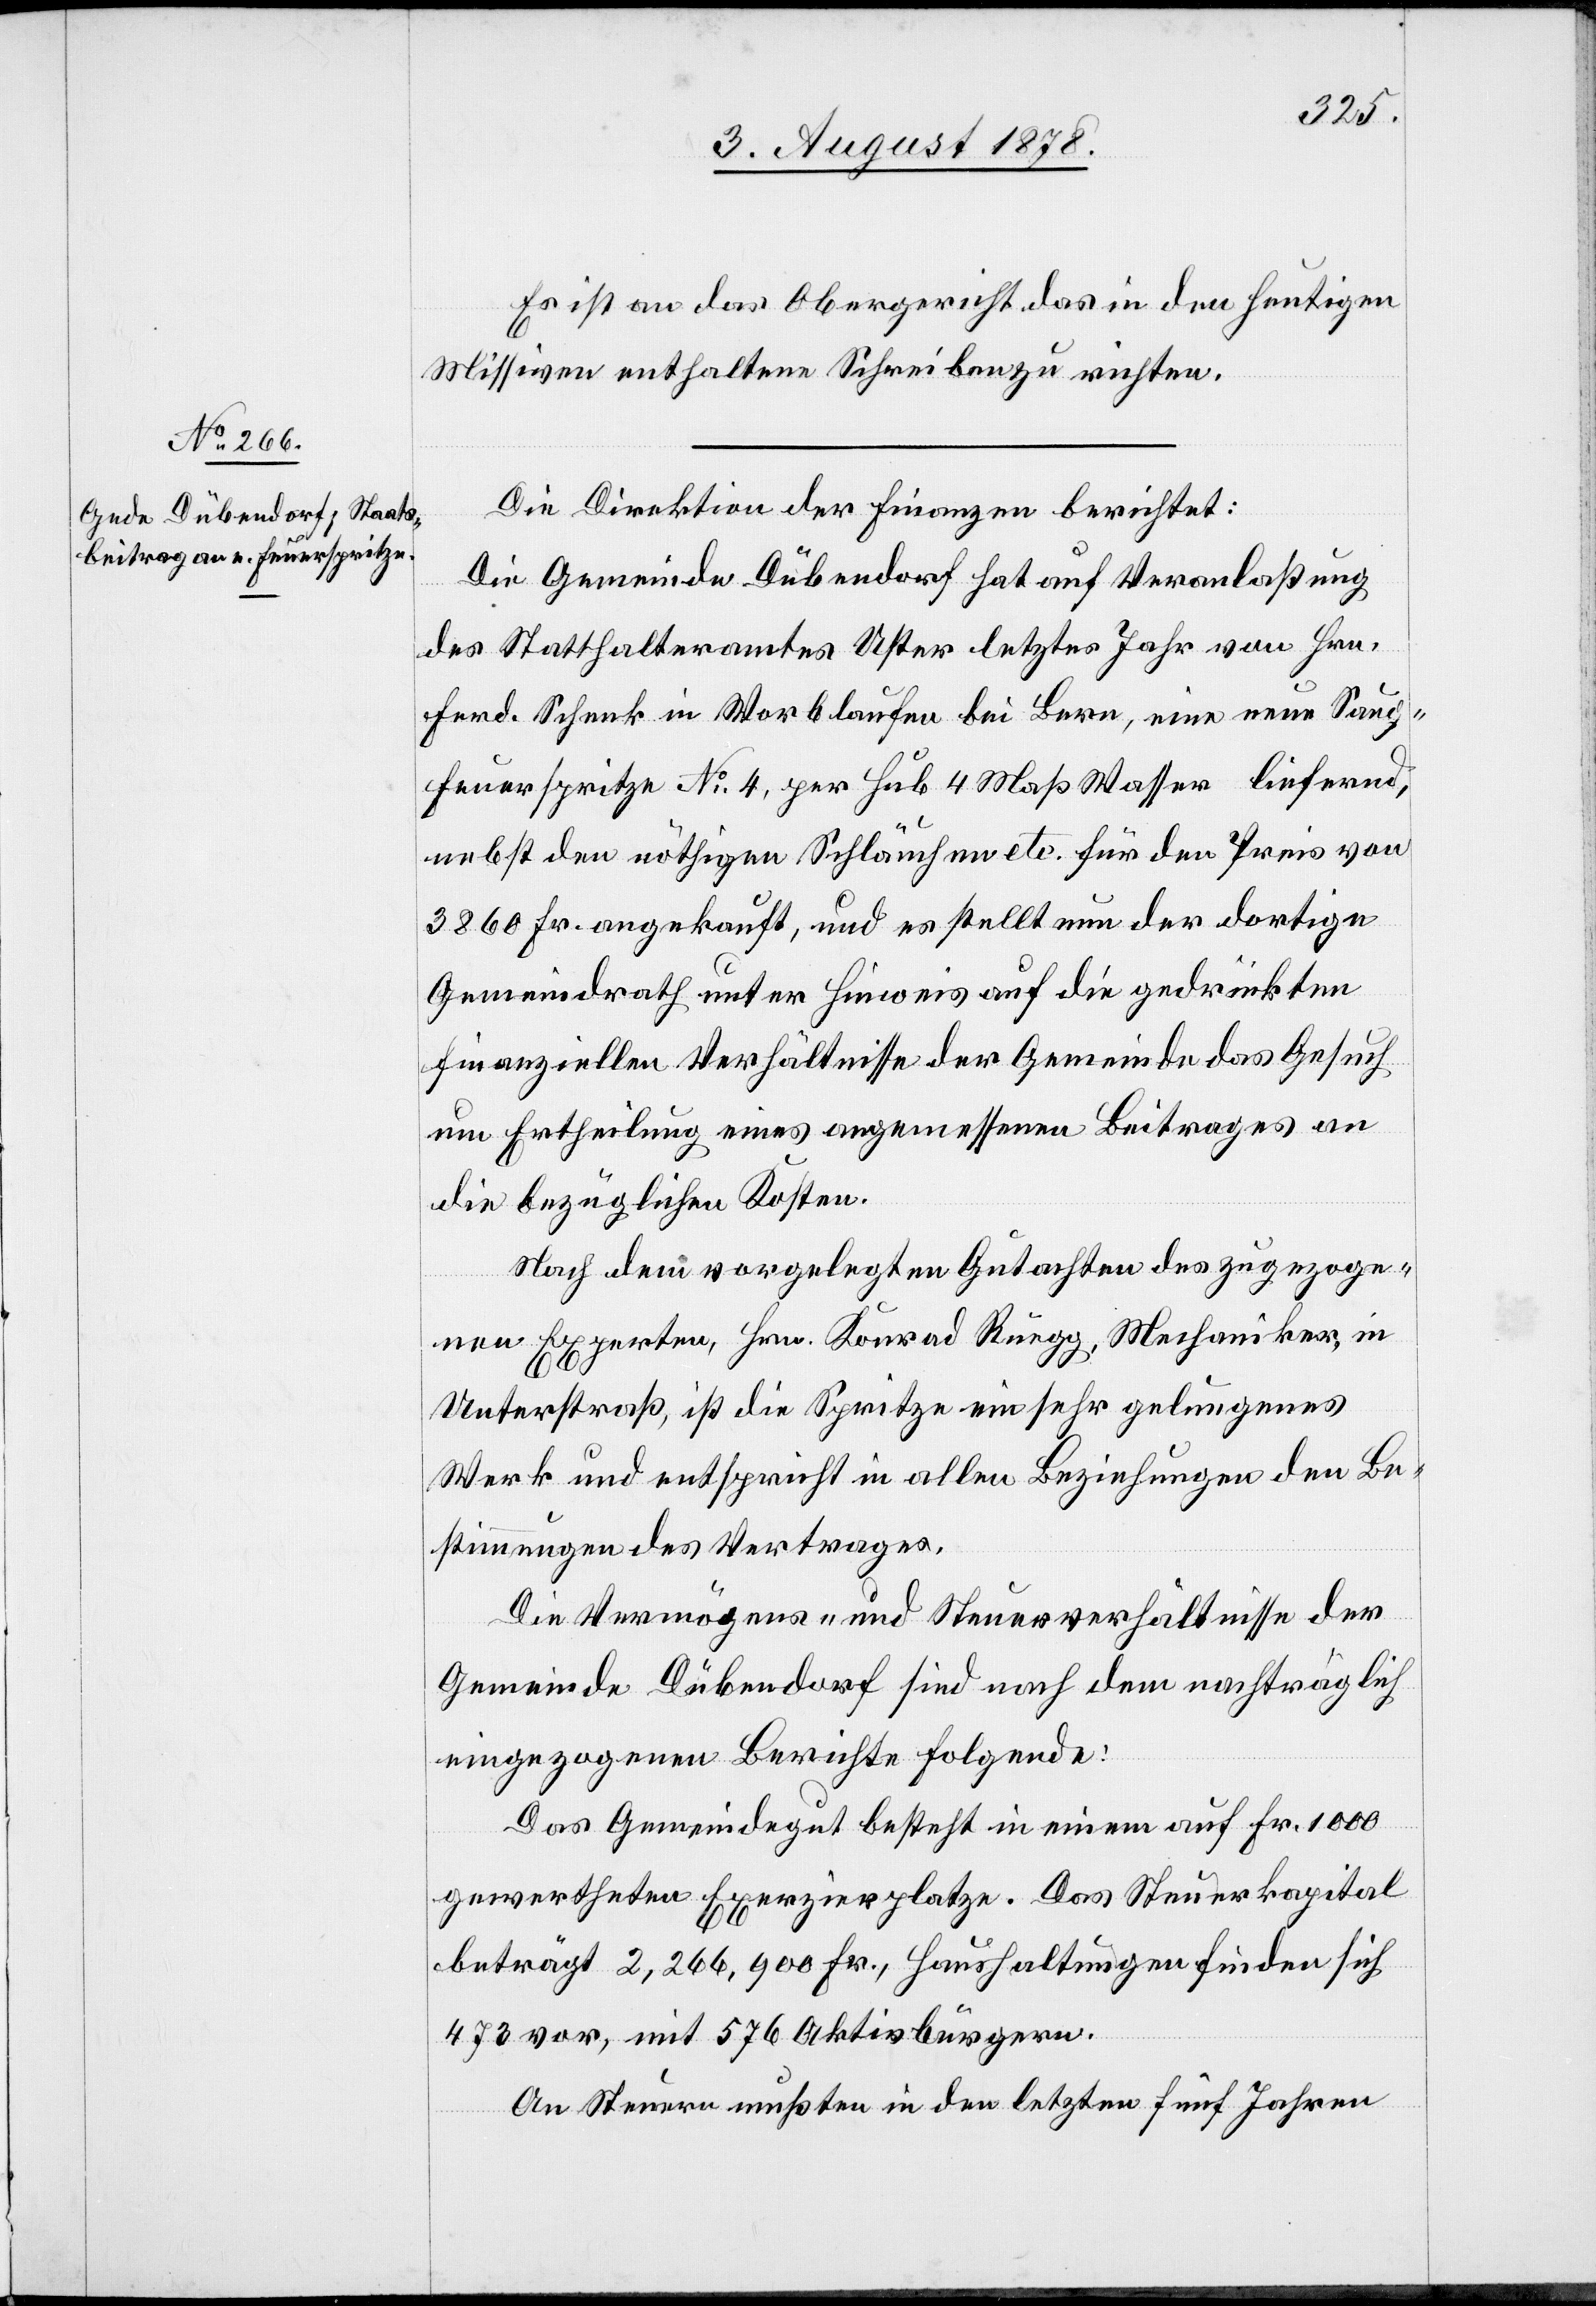
Es ist an das Obergericht das in den heutigen
Missiven enthaltene Schreiben zu richten.
Die Direktion der Finanzen berichtet:
Die Gemeinde Dübendorf hat auf Veranlaßung
des Statthalteramtes Uster letztes Jahr von Hrn.
Ferd. Schenk in Worblaufen bei Bern, eine neue Saug¬
feuerspritze No 4, per Hub 4 Maß Wasser liefernd,
nebst den nöthigen Schläuchen etc. für den Preis von
3860 Fr. angekauft, und es stellt nun der dortige
Gemeindrath unter Hinweis auf die gedrückten
finanziellen Verhältnisse der Gemeinde das Gesuch
um Ertheilung eines angemessenen Beitrages an
die bezüglichen Kosten.
Nach dem vorgelegten Gutachten des zugezoge¬
nen Experten, Hrn. Konrad Rüegg, Mechaniker, in
Unterstraß, ist die Spritze ein sehr gelungenes
Werk und entspricht in allen Beziehungen den Be¬
stimmungen des Vertrages.
Die Vermögens- und Steuerverhältnisse der
Gemeinde Dübendorf sind nach dem nachträglich
eingezogenen Berichte folgende:
Das Gemeindegut besteht in einem auf Fr. 1000
gewertheten Exerzirplatze. Das Steuerkapital
beträgt 2,266,900 Fr., Haushaltungen finden sich
473 vor, mit 576 Aktivbürgern.
An Steuern mußten in den letzten fünf Jahren